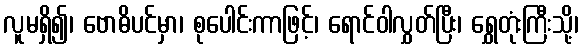
လူမရှိ၍၊ ဗောဓိပင်မှာ၊ စုပေါင်းကာဖြင့်၊ ရောင်ဝါလွှတ်ပြီး၊ ရွှေတုံးကြီးသို့၊